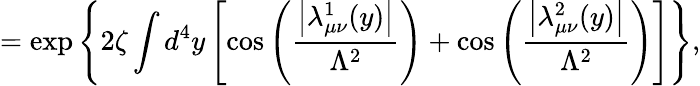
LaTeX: =\exp\left\{ 2\zeta\int d^{4}y\left[\cos\left(\frac{\left|\lambda_{\mu\nu}^{1}(y)\right|}{\Lambda^{2}}\right)+\cos\left(\frac{\left|\lambda_{\mu\nu}^{2}(y)\right|}{\Lambda^{2}}\right)\right]\right\} ,